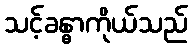
သင့်ခန္ဓာကိုယ်သည်